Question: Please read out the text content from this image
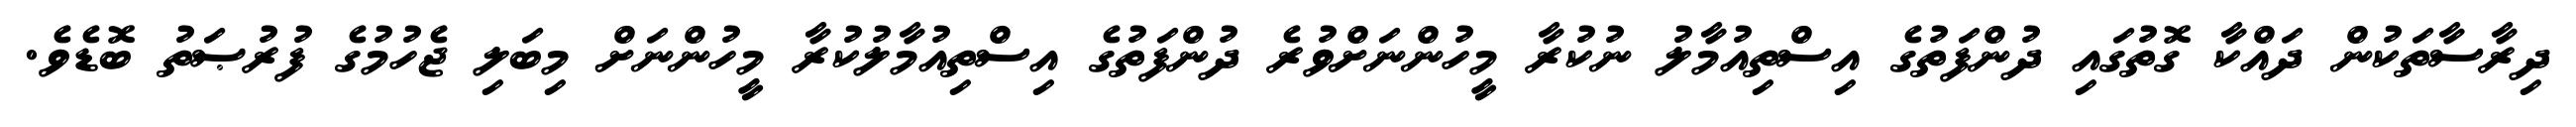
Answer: ދިރާސާތަކުން ދައްކާ ގޮތުގައި ދުންފަތުގެ އިސްތިއުމާލު ނުކުރާ މީހުންނަށްވުރެ ދުންފަތުގެ އިސްތިއުމާލުކުރާ މީހުންނަށް މިބަލި ޖެހުމުގެ ފުރުޞަތު ބޮޑެވެ.